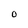
Character: 0